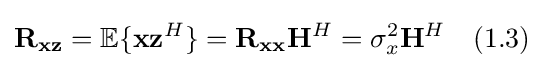
\mathbf {R} _{\mathbf {xz} }=\mathbb {E} \{\mathbf {x} \mathbf {z} ^{H}\}=\mathbf {R} _{\mathbf {xx} }\mathbf {H} ^{H}=\sigma _{x}^{2}\mathbf {H} ^{H}\quad {\text{(1.3)}}